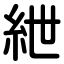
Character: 紲